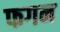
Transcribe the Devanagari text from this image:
फगन